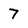
Character: 7